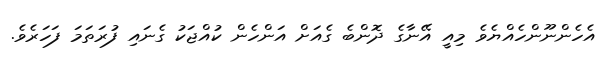
އެހެންނޫންހެއްޔެވެ މިއީ އޭނާގެ ދޮންބެ ގެއަށް އަންހެން ކުއްޖަކު ގެނައި ފުރަތަމަ ފަހަރެވެ.